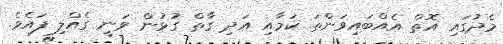
މެދުގައި އޮތް އެއްބައިވަންތަ ކަމާއި އަދި ގާތް ގުޅުން ވަނީ ގެއްލި ފައެވެ.